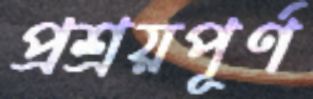
প্রশ্রয়পূর্ণ